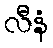
လီနံ